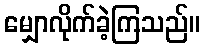
မျှောလိုက်ခဲ့ကြသည်။